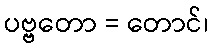
ပဗ္ဗတော = တောင်၊